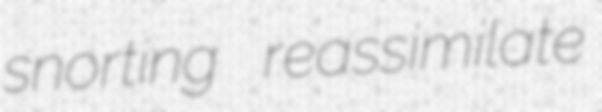
snorting reassimilate